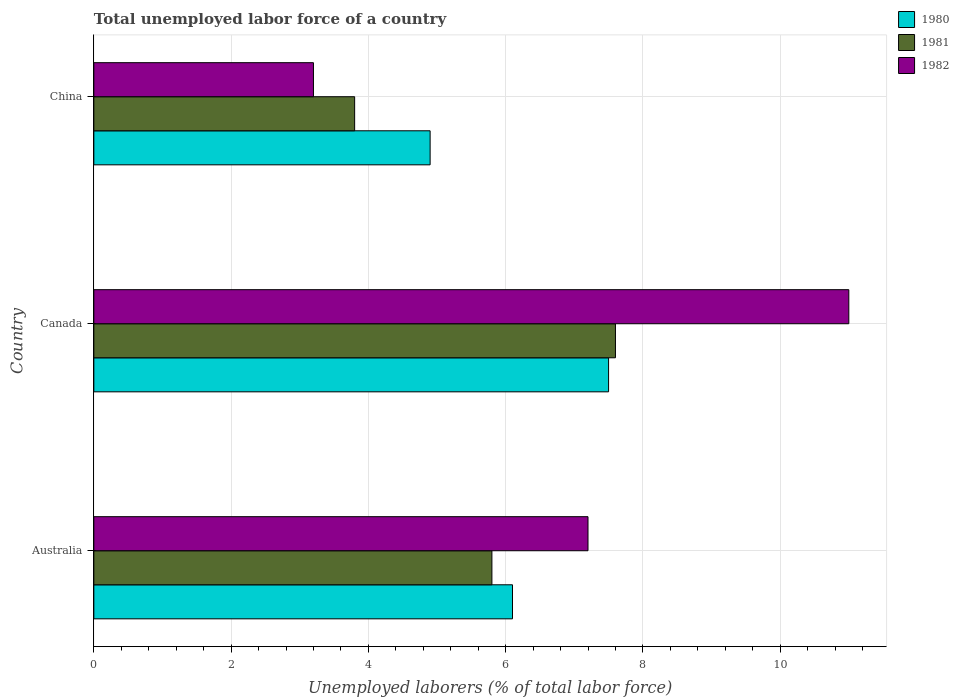
| Country | 1980 | 1981 | 1982 |
 | --- | --- | --- | --- |
 | Australia | 6.1 | 5.8 | 7.2 |
 | Canada | 7.5 | 7.6 | 11 |
 | China | 4.9 | 3.8 | 3.2 |